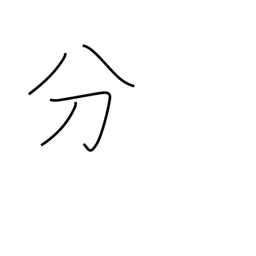
Meaning: duty